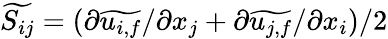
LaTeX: \widetilde{S_{ij}}=(\partial\widetilde{u_{i,f}}/\partial x_{j}+\partial\widetilde{u_{j,f}}/\partial x_{i})/2